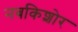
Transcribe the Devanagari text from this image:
नबकिशोर